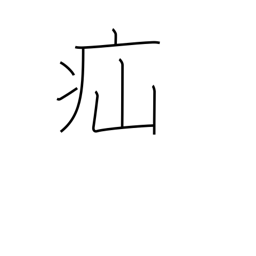
Meaning: colic